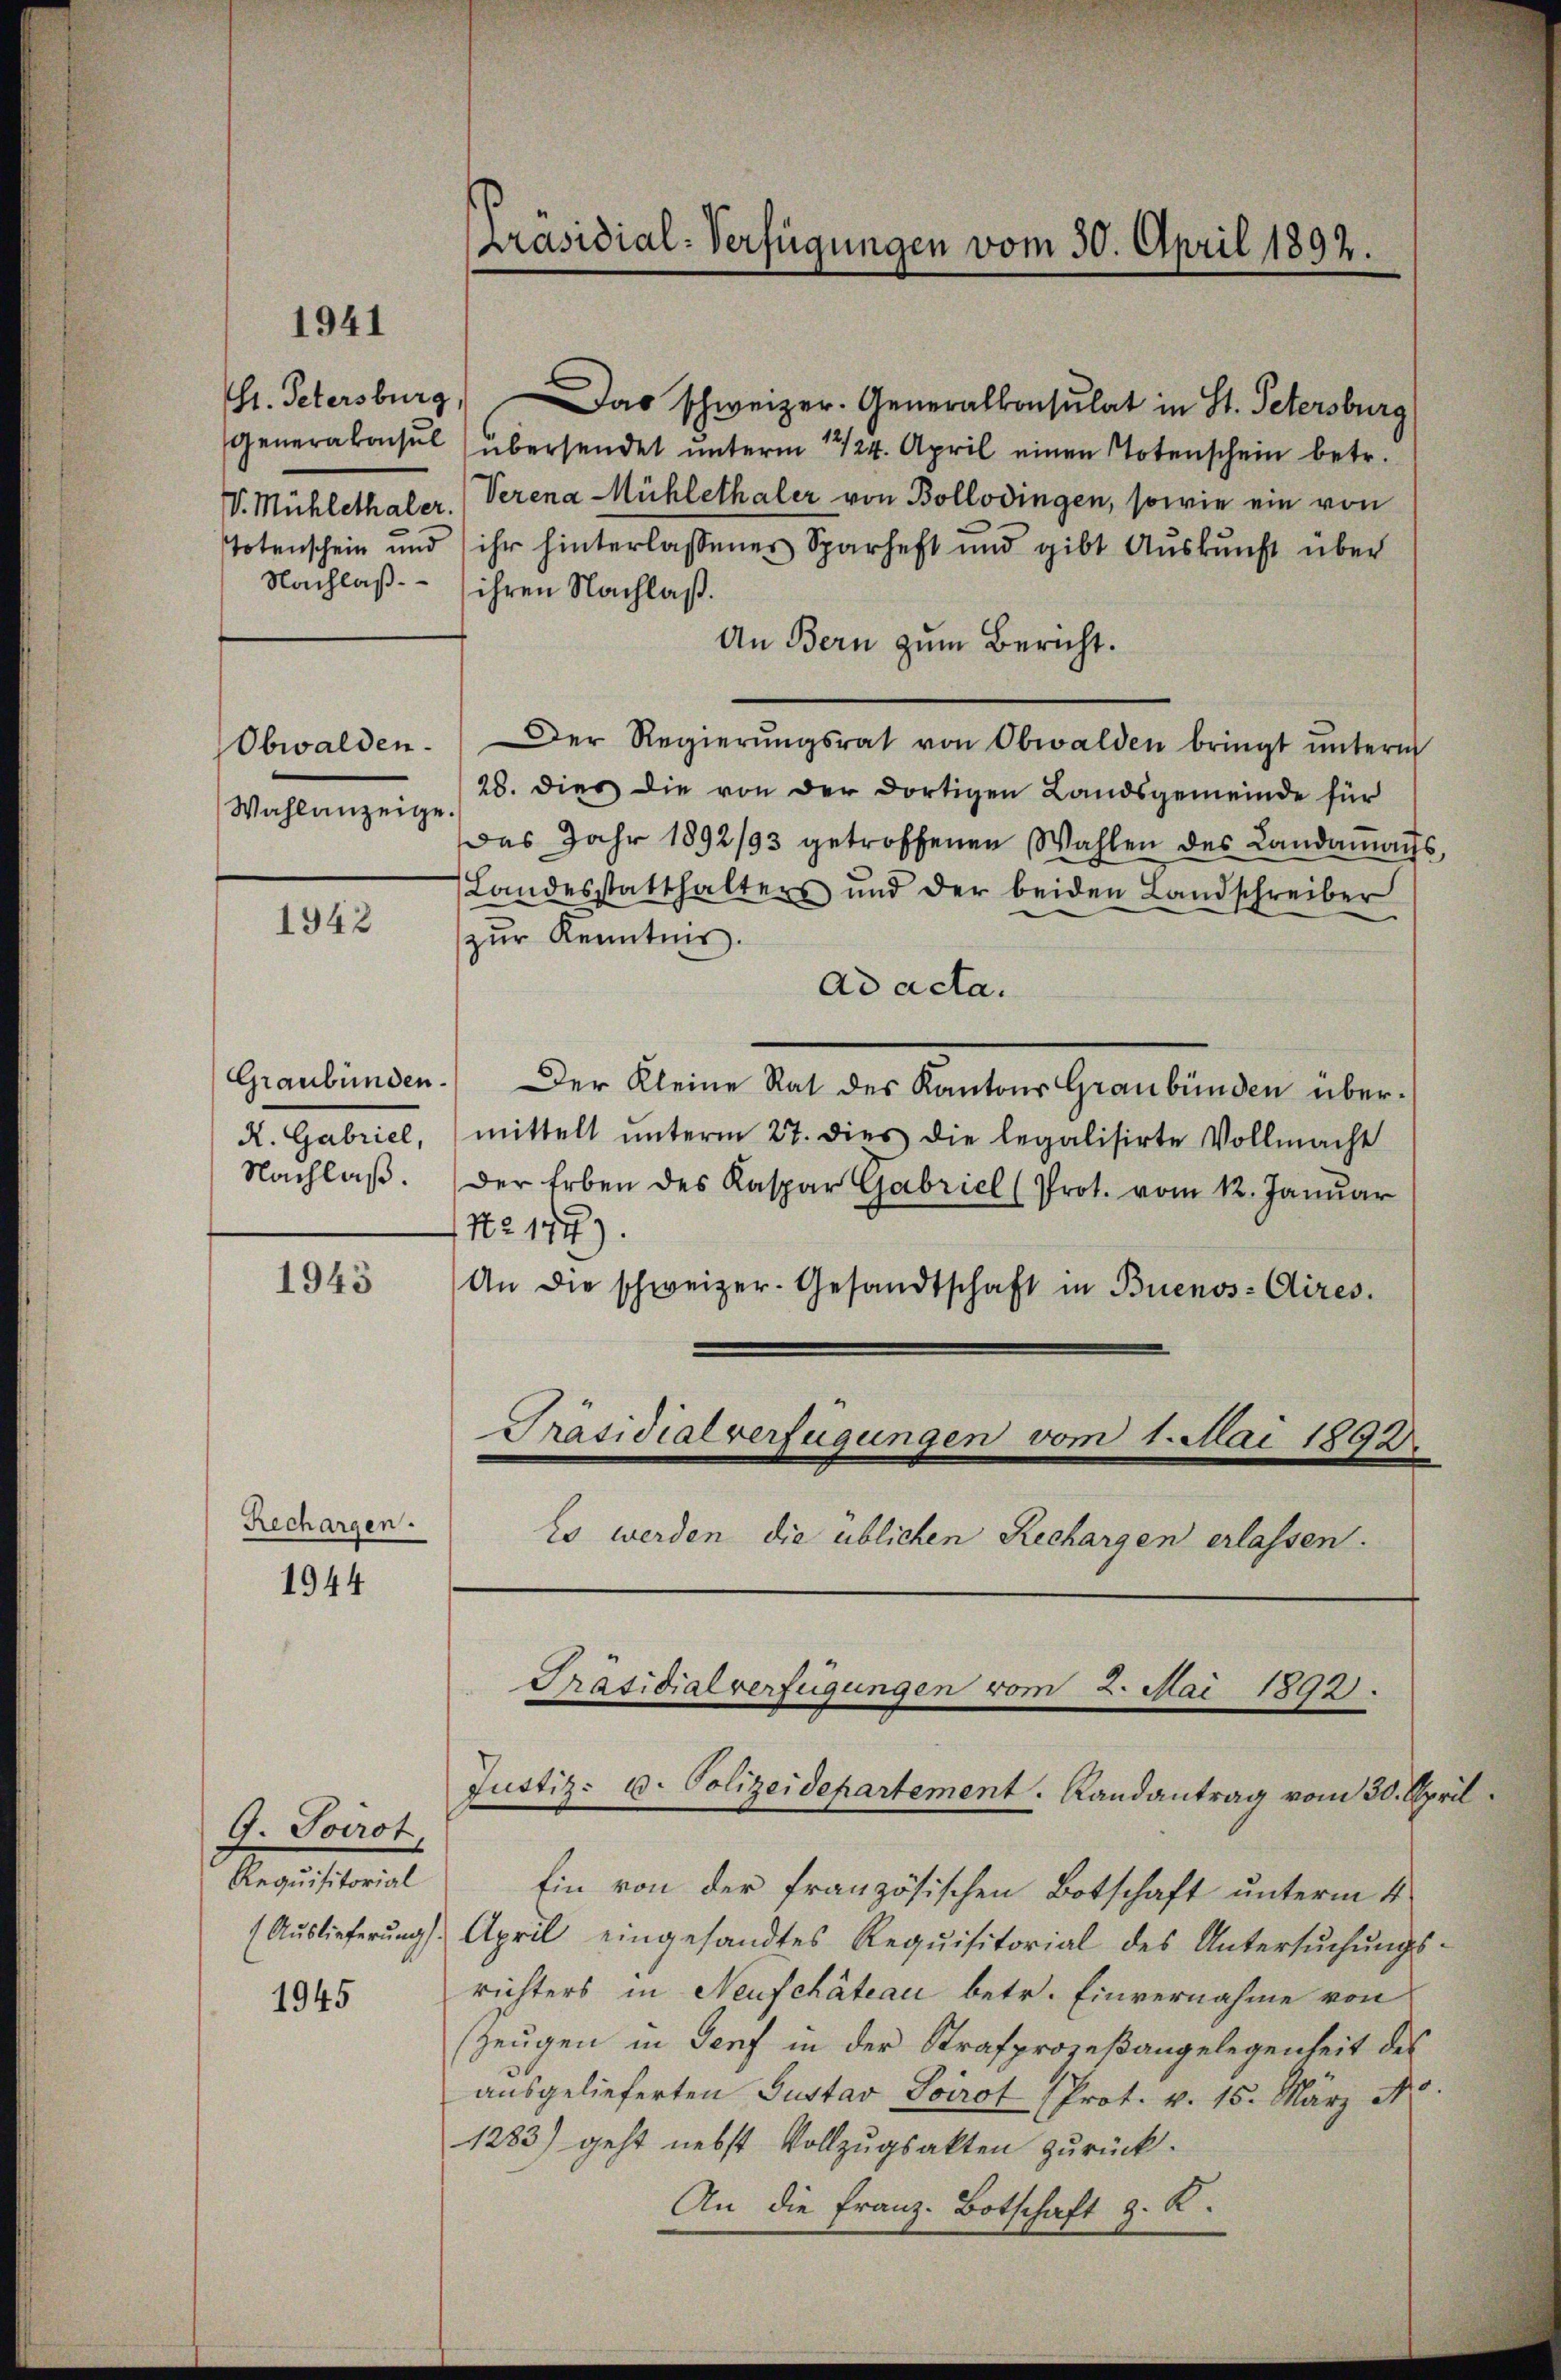
1941

Gr. Petersburg,

Obwalden.
Wahlanzeige.

Das schweizer. Generalkonsulat in St. Petersburg
Generakonsul übersendet unterm 12/24. April einen Totenschein betr.
V. Mühlethaler. Verena Mühlethaler von Bollodingen, sowie ein von
Totenschein und ihr hinterlassener Sparhaft und gibt Aŭskŭnft über
Nachlaß ihren Nachlaß.
An Bern zum Bericht.
Der Regierŭngsrat von Obwalden bringt ŭnterm
28. dies die von der dortigen Landsgemeinde für
das Jahr 1892/93 getroffenen Wahlen des Landaṁaṅs,
Landesstatthalters und der beiden Landschreiber
zur Kenntnis.
Ad acta.
Graubünden. Der Kleine Rat des Kantons Graubünden übermittelt ŭnterm 27. dies die legalisirte Vollmacht
Nachlaβ. Der Erben des Kaspar Gabricl (Prot. vom 12. Janŭar
Nr 177).
1943
An die schweizer- Gesandtschaft in Buenos-Cires.
Präsidialverfügungen vom 1. Mai 1892
Es werden die üblichen Rechargen erlassen.
Ein von der französischen Botschaft unterm 4
(Auslieferŭng. April eingesandtes Requisitorial des Untersŭchŭngs-
richters in Neufchateau betr. Einvernahme von
Zeugen in Genf in der Strafprozeßangelegenheit des
ausgelieferten Gustav Svirot (Prot. v. 15. März 10.
1283) geht nebst Vollzugsakten zurück.
An die Franz-Botschaft z. K.

1942

K. Gabriel,

Rechargen.

1944

G. Sairot
Requisitorial

1945

Präsidial-Verfügungen vom 30. April 1892.

Präsidialverfügungen vom 2. Mai 1892.
Justiz- u. Polizeidepartement. Randantrag vom 30. April